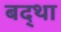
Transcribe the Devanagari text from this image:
बद्था